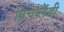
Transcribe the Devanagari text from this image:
पिचब्लेंडी